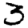
Digit: 3